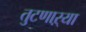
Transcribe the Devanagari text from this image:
तुटणाऱ्या